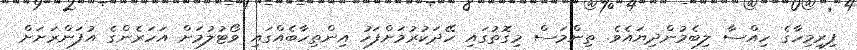
ފިރިމިހާގެ ހިއްސާ ލިބެމުންދިޔައެވެ. ތިންމަސް މިގޮތުގައި ހޭދަކުރުމަށްފަހު އިންތިހާބެއްގައި ވޯޓުލުމަށް އަހަރެންގެ އުފަންރަށަށް